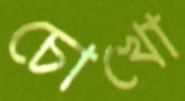
চোখো